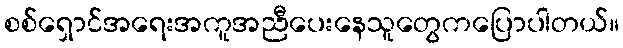
စစ်ရှောင်အရေးအကူအညီပေးနေသူတွေကပြောပါတယ်။